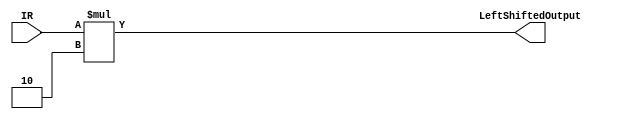
`timescale 1ns / 1ps
//////////////////////////////////////////////////////////////////////////////////
// Company: 
// Engineer: 
// 
// Design Name: 
// Module Name:    IRLeftShift1ForPC 
// Project Name: 
// Target Devices: 
// Tool versions: 
// Description: 
//
// Dependencies: 
//
// Revision: 
// Revision 0.01 - File Created
// Additional Comments: 
//
//////////////////////////////////////////////////////////////////////////////////
module IRLeftShift1ForPC(
    input [12:0] IR,
    output reg[13:0] LeftShiftedOutput
    );

always @(IR) begin
	LeftShiftedOutput = IR*2;
end
endmodule